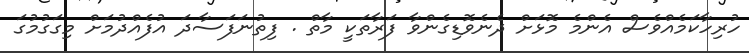
ހުރިހާކަމެއްވެސް އެންމެ މޮޅަށް ދެނެވޮޑިގެންވާ ފަރާތަކީ މާތް . ފިތުނަަފަސާދަ އުފެއްދުމަށް މިގަގުމުގަ